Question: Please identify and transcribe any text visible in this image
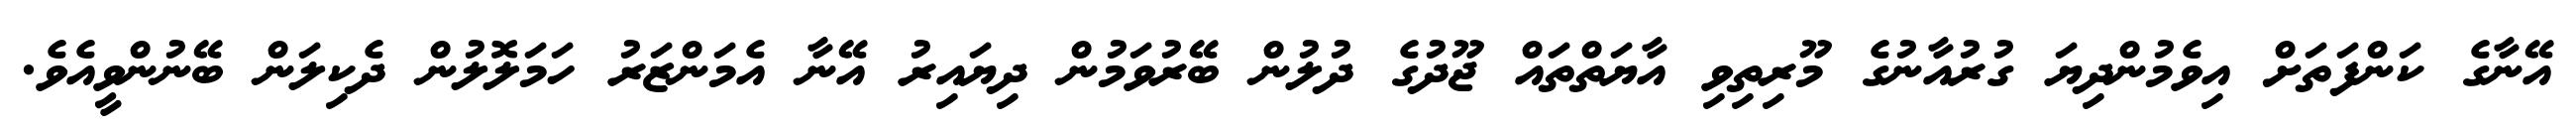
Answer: އޭނާގެ ކަންފަތަށް އިވެމުންދިޔަ ގުރުއާނުގެ މޫރިތިވި އާޔަތްތައް ޖޫދުގެ ދުލުން ބޭރުވަމުން ދިޔައިރު އޭނާ އެމަންޒަރު ހަމަލޮލުން ދެކިލަން ބޭނުންވީއެވެ.